Vaccination in Bombay 1863-1868 - 1863-1868
Year: 1863
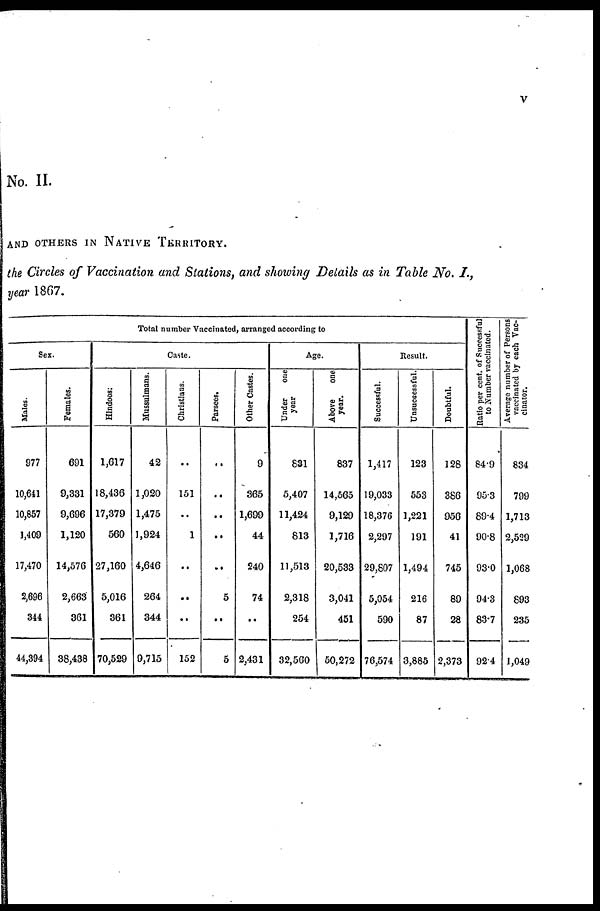
V
No. II.
AND OTHERS IN NATIVE TERRITORY.
the Circles of Vaccination and Stations, and showing Details as in Table No. 1.,
year 1867.
Total number Vaccinated, arranged according to
Sex.
Males.
977
10,641
10,857
1,409
17,470
2,696
344
44,394
Females.
691
9,331
9,696
1,120
14,576
2,663
361
38,438
Caste.
Hindoos.
1,617
18,436
17,379
560
27,160
5,016
361
70,529
Mussulmans.
42
1,020
1,475
1,924
4,646
264
344
9,715
Christians.
..
151
..
1
..
..
..
152
Parsees.
..
..
..
..
..
5
..
5
Other Castes.
9
365
1,699
44
240
74
..
2,431
Age.
Under
one
year
831
5,407
11,424
813
11,513
2,318
254
32,560
Above
one
year.
837
14,565
9,129
1,716
20,533
3,041
451
50,272
Result.
Successful.
1,417
19,033
18,376
2,297
29,807
5,054
590
76,574
Unsuccessful.
123
553
1,221
191
1,494
216
87
3,885
Doubtful.
128
386
956
41
745
89
28
2,373
Ratio per cent. of Successful
to Number vaccinated.
84.9
95.3
89.4
90.8
93.0
94.3
83.7
92.4
Average number of Persons
vaccinated by each Vac-
cinator.
834
799
1,713
2,529
1,068
893
235
1,049